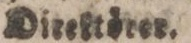
Direktörer.